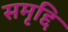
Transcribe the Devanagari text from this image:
समृद्दि